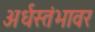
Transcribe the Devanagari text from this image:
अर्धस्तंभावर